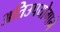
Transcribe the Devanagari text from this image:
अतिउपयोगाने